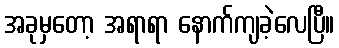
အခုမှတော့ အရာရာ နောက်ကျခဲ့လေပြီ။